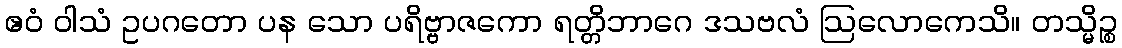
ဧဝံ ဝါသံ ဥပဂတော ပန သော ပရိဗ္ဗာဇကော ရတ္တိဘာဂေ ဒသဗလံ ဩလောကေသိ။ တသ္မိဉ္စ